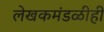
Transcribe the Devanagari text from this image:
लेखकमंडळीही